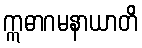
ဣဓာဂမနာယာတိ